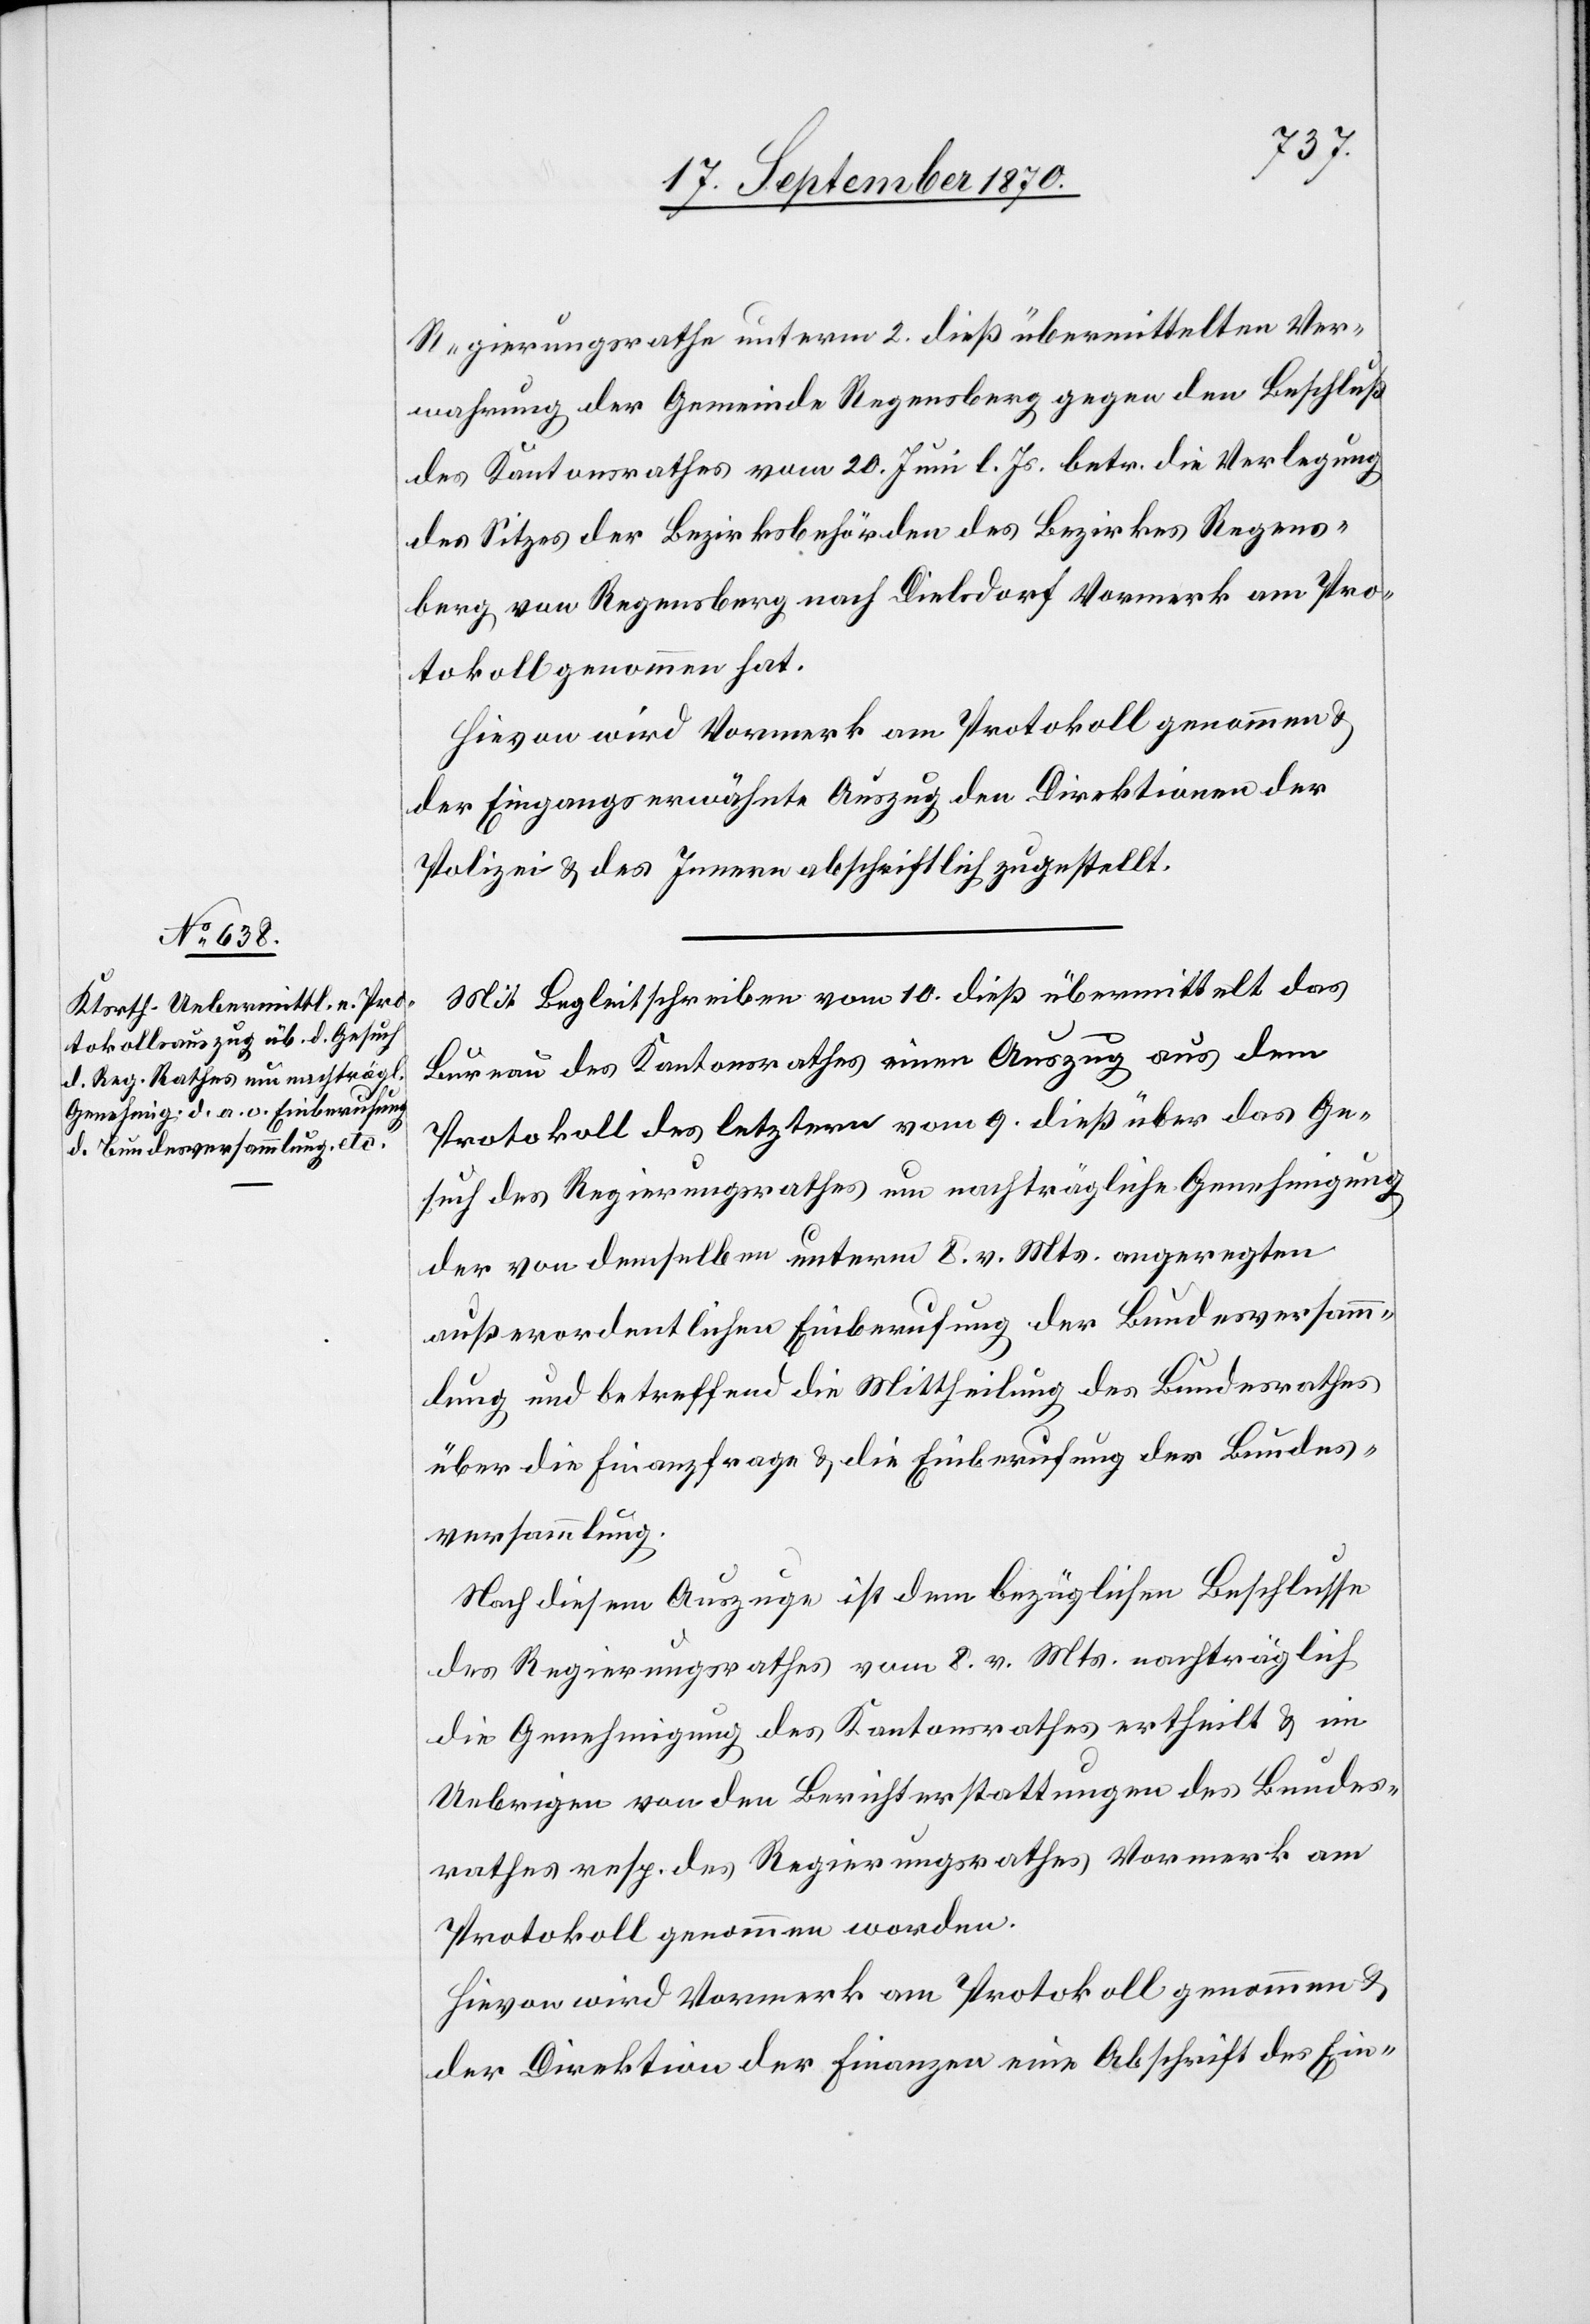
Regierungsrathe unterm 2. dieß übermittelten Ver¬
wahrung der Gemeinde Regensberg gegen den Beschluß
des Kantonsrathes vom 20. Juni l. Js. betr. die Verlegung
des Sitzes der Bezirksbehörden des Bezirkes Regens¬
berg von Regensberg nach Dielsdorf Vormerk am Pro¬
tokoll genommen hat.
Hievon wird Vormerk am Protokoll genommen &
der Eingangs erwähnte Auszug den Direktionen der
Polizei & des Innern abschriftlich zugestellt.
Mit Begleitschreiben vom 10. dieß übermittelt das
Bureau des Kantonsrathes einen Auszug aus dem
Protokoll des letztern vom 9. dieß über das Ge¬
such des Regierungsrathes um nachträgliche Genehmigung
der von demselben unterm 8. v. Mts. angeregten
außerordentlichen Einberufung der Bundesversamm¬
lung und betreffend die Mittheilung des Bundesrathes
über die Finanzfrage & die Einberufung der Bundes¬
versammlung.
Nach diesem Auszuge ist dem bezüglichen Beschlusse
des Regierungsrathes vom 8. d. Mts. nachträglich
die Genehmigung des Kantonsrathes ertheilt & im
Uebrigen von den Berichterstattungen des Bundes¬
rathes resp. des Regierungsrathes Vormerk am
Protokoll genommen worden.
Hievon wird Vormerk am Protokoll genommen &
der Direktion der Finanzen eine Abschrift des Ein-